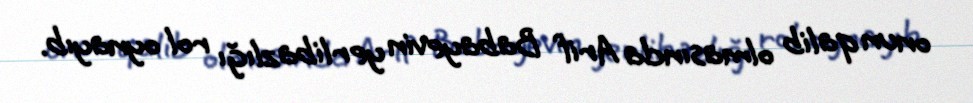
onun qalib olmasında Arif Babayevin yerlibazlığı rol oynayıb.